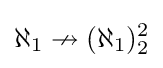
\aleph _{1}\nrightarrow (\aleph _{1})_{2}^{2}